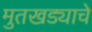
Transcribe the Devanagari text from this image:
मुतखड्याचे